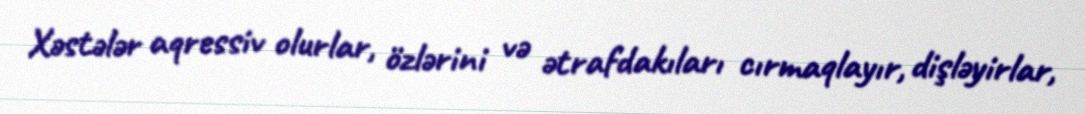
Xəstələr aqressiv olurlar, özlərini və ətrafdakıları cırmaqlayır, dişləyirlar,